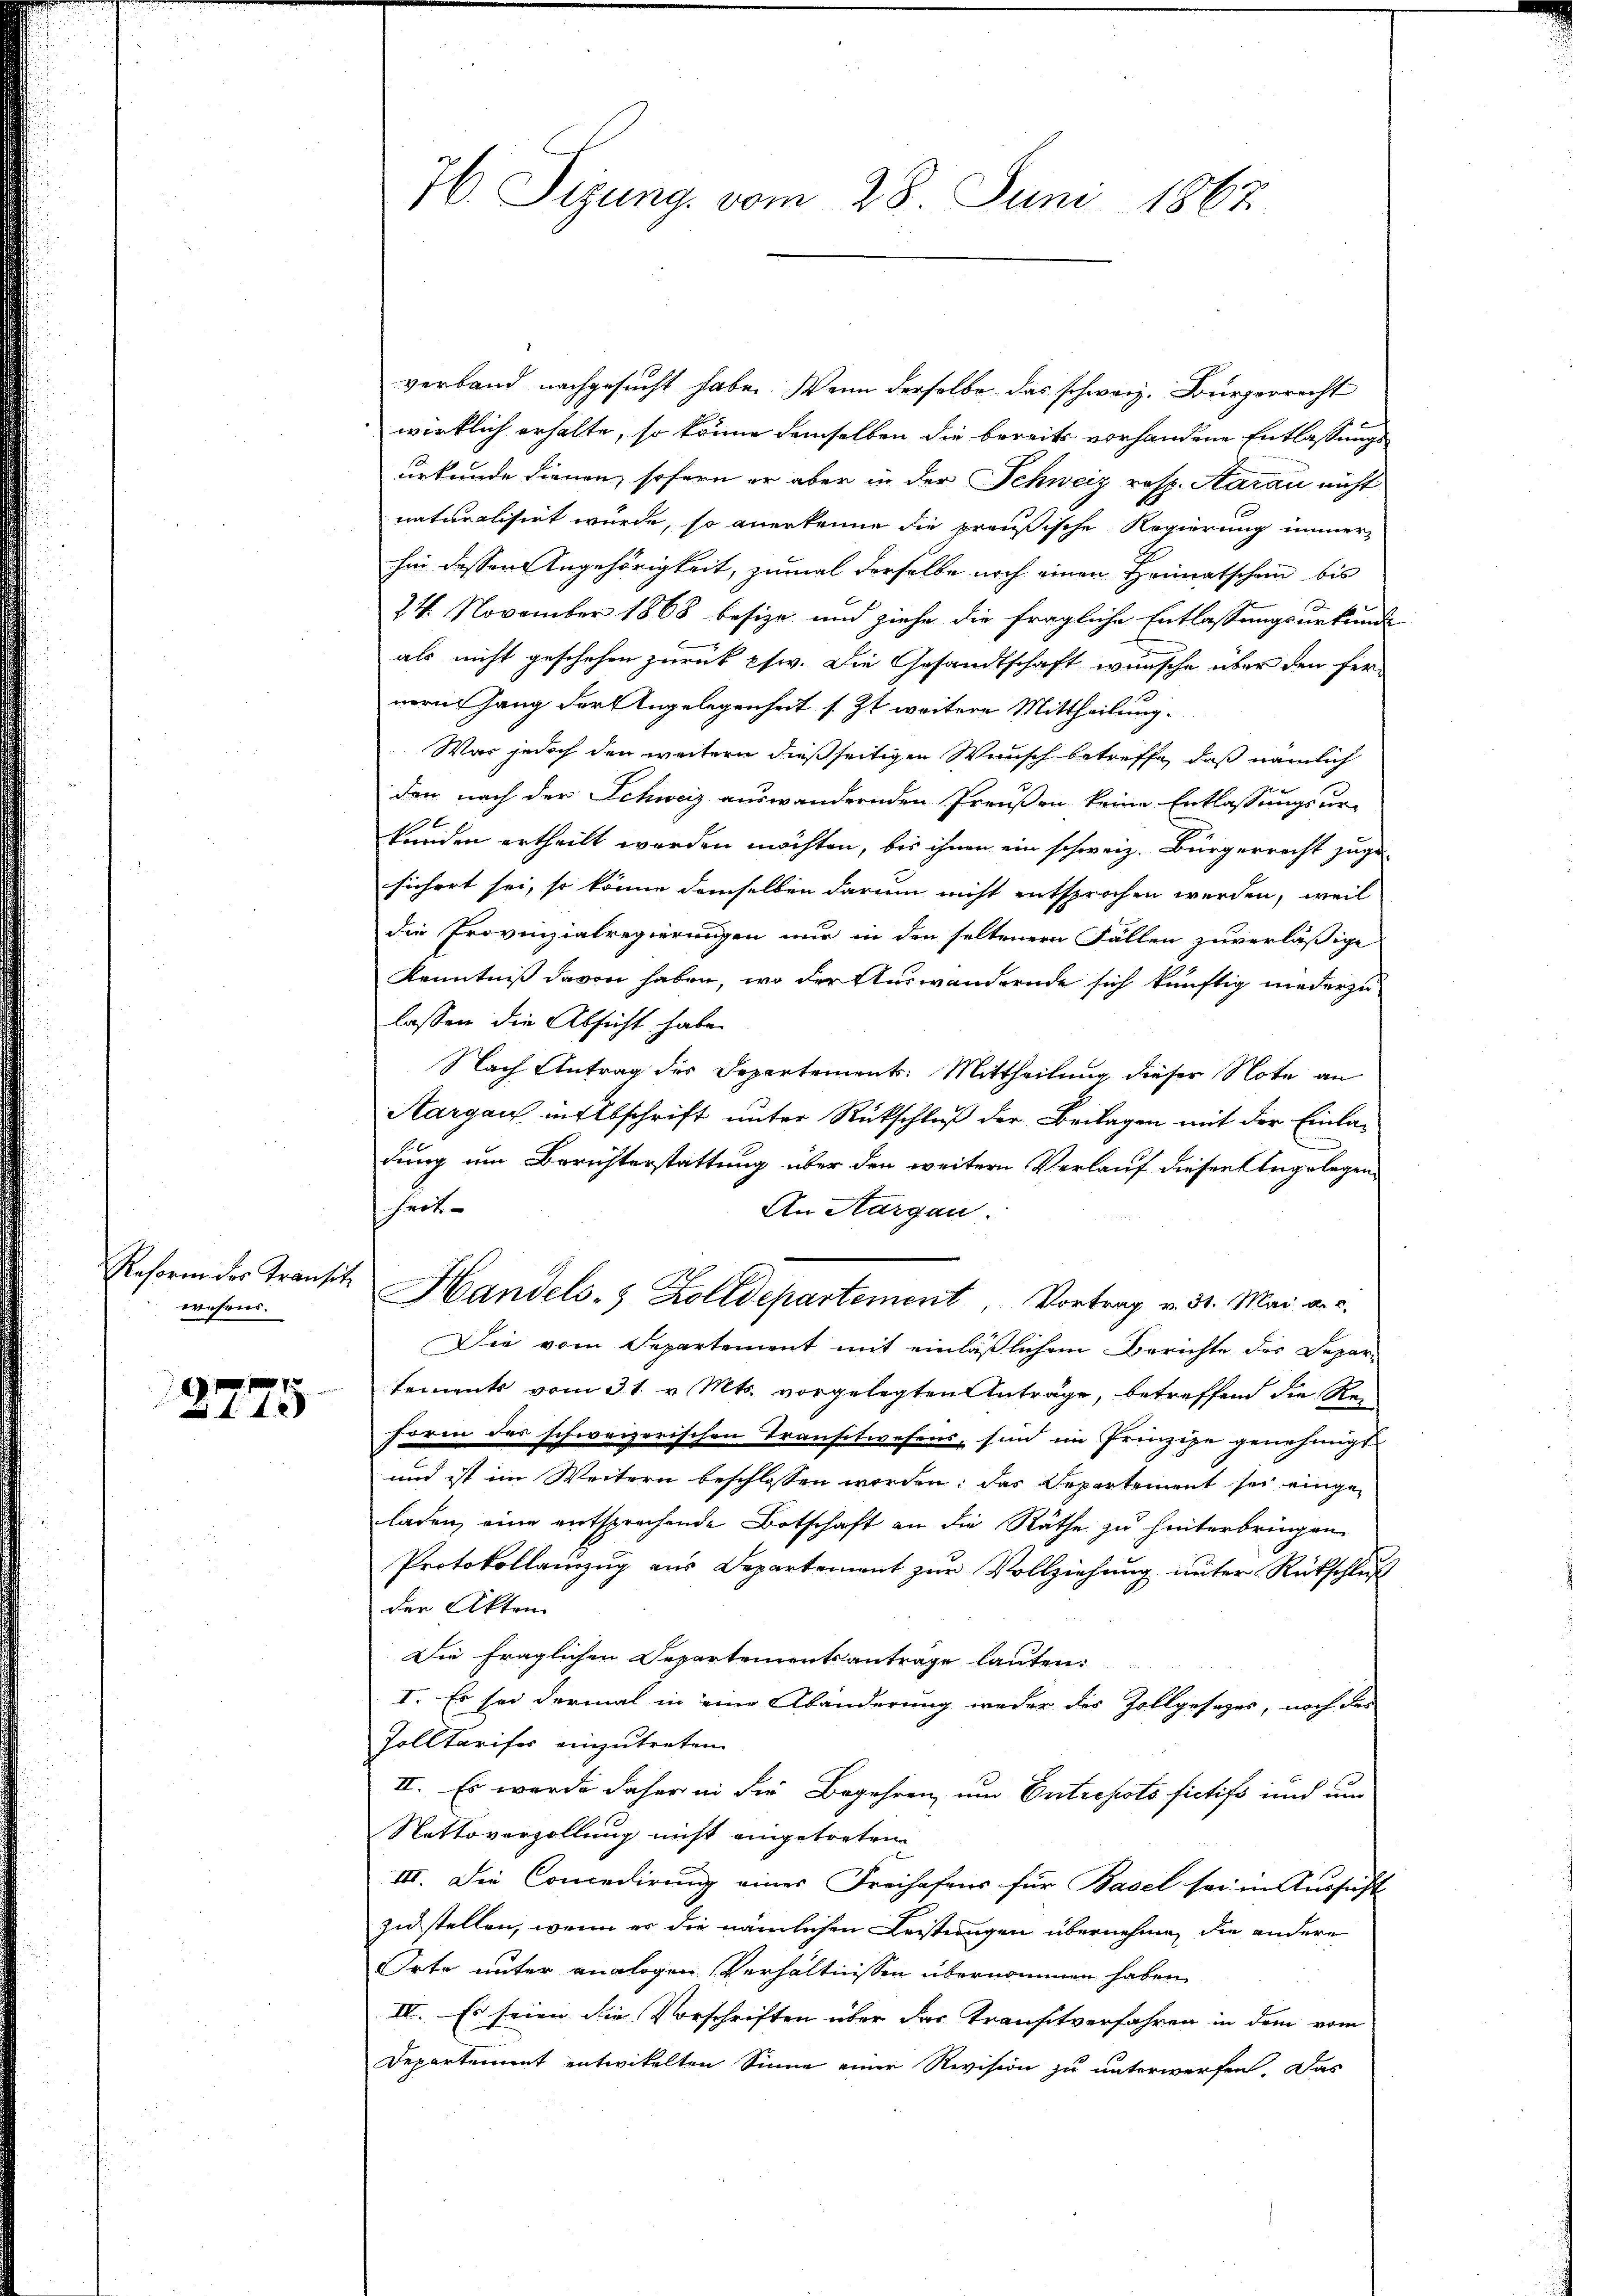
Reform der Transitz
wesens.

2775

H Sizung vom 28. Juni 1867

verband nachgesucht habe. Wenn derselbe das schweiz. Bürgerrecht
wirklich erhalte, so könne demselben die bereits vorhandene Entlassungs
urkunde dienen, sofern er aber in der Schweiz resp. Haran nicht
naturalisirt wurde, so anerkenne die preußische Regierung immer-
hin dessen Angehörigkeit, zumal derselbe noch einen Heimatschein bis
24. November 1868 besize und ziehe die fragliche Entlassungsurkunde
als nicht geschehen zurück psw. Die Gesandtschaft wünsche über den fer-
nern hang der Angelegenheit s. Zt. weitere Mittheilung.
War jedoch den weitern dießseitigen Wunsch betreffe, daß nämlich
den nach der Schweiz auswandernden Preußen keine Entlassungsur-
1
kunden ertheilt werden möchten, bis ihnen ein schweiz. Bürgerrecht zuge-
sichert sei, so könne demselben darum nicht entsprochen werden, weil
die Provinzialregierungen nur in den seltenern Fällen zuverlässige
Kenntniß davon haben, wo der Auswandernde sich künftig niederzulassen die Absicht habe.
Nach Antrag des Departement: Mittheilung dieser Note an
Aargau in Abschrift unter Rückschluß der Beilagen mit der Einladung um Berichterstattung über den weitern Verlauf dieser Angelegenheit
An Aargau.
Handels- & Zolldepartement, Vortrag v. 31. Mai a. c.
Die vom Separtement mit einläßlichem Berichte des Departements vom 31. v. Mts. vorgelegten Anträge, betreffend die Re
Form der schweizerischen Transitwesens, sind im Prinzipe genehmigt
und ist im Weitern beschlossen werden; das Departement sei eingeladen, eine entsprochende Botschaft an die Räthe zu hinterbringen.
Protokollauszug aus Departement zur Vollziehung unter Rückschluß
der Akten
Die fraglichen Departementsantrage lauten.
I. Es sei dermal in eine Abänderung weder der Zollgesezes, noch des
Zolltariser einzutreten.
II. Es werde daher in die Begehren und Entrepots fictifs und um
Nettoverzollung nicht eingetreten
III. Die Concedirung einer Freihafens für Basel sei in Aussicht
zustellen, wenn er die nämlichen Leistungen übernehme, die andere
Orte unter analogen Verhältnissen übernommen haben
IV. Es seien die Vorschriften über das Transtverfahren in dem vom
Departement entwikelten Sinne einer Revision zu unterwerfen. Das